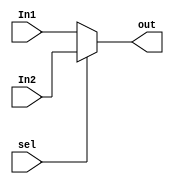
module MUX #(parameter WIDTH=32)
  (input  wire   [WIDTH-1:0] In1,
   input  wire   [WIDTH-1:0] In2,
   input  wire               sel,
   output reg    [WIDTH-1:0] out
   );
   
 always@(*)
   begin
    if(sel)
        out=In2;
    else
        out=In1;
      end
endmodule